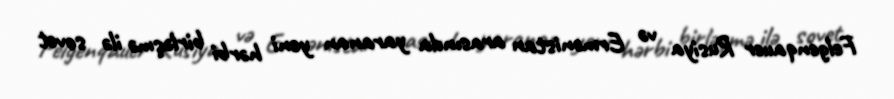
Felgenqauer Rusiya və Ermənistan arasında yaranan yeni hərbi birləşmə ilə sovet